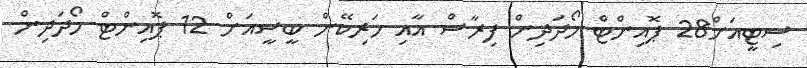
ސިޓީއަށް28 ޕޮއިންޓް ހޯދަދިން ފިރާސް އާއި ހަރިކޭން ބީސީއަށް 12 ޕޮއިންޓް ހޯދަދިން